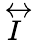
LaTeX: \overleftrightarrow{I}